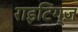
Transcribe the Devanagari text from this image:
राइटिंग्ज़